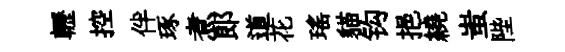
轣控伴琢煮郞道花瑤貓钩挹繞蚩陛